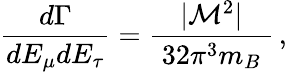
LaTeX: \frac{d\Gamma}{dE_{\mu}dE_{\tau}}=\frac{|{\cal M}^{2}|}{~32\pi^{3}m_{B}~}\, ,